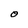
Character: O